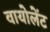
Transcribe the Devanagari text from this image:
वायोलेंट